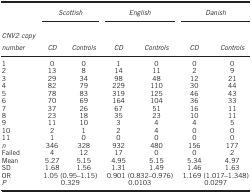
|  | <COLSPAN=2> Scottish | <COLSPAN=2> English | <COLSPAN=2> Danish |
 | CNV2 copy number | CD | Controls | CD | Controls | CD | Controls |
 | --- | --- | --- | --- | --- | --- | --- |
 | 1 | 0 | 0 | 1 | 0 | 0 | 0 |
 | 2 | 13 | 8 | 14 | 11 | 2 | 9 |
 | 3 | 29 | 34 | 98 | 48 | 12 | 21 |
 | 4 | 82 | 79 | 229 | 110 | 30 | 44 |
 | 5 | 78 | 83 | 319 | 125 | 46 | 43 |
 | 6 | 70 | 69 | 164 | 104 | 36 | 33 |
 | 7 | 37 | 26 | 67 | 51 | 16 | 11 |
 | 8 | 23 | 18 | 35 | 23 | 10 | 11 |
 | 9 | 11 | 10 | 3 | 4 | 4 | 5 |
 | 10 | 2 | 1 | 2 | 4 | 0 | 0 |
 | 11 | 1 | 0 | 0 | 0 | 0 | 0 |
 | n | 346 | 328 | 932 | 480 | 156 | 177 |
 | Failed | 4 | 12 | 17 | 0 | 0 | 2 |
 | Mean | 5.27 | 5.15 | 4.95 | 5.15 | 5.34 | 4.97 |
 | SD | 1.68 | 1.56 | 1.31 | 1.49 | 1.46 | 1.63 |
 | OR | <COLSPAN=2> 1.05 (0.95–1.15) | <COLSPAN=2> 0.901 (0.832–0.976) | <COLSPAN=2> 1.169 (1.017–1.348) |
 | P | <COLSPAN=2> 0.329 | <COLSPAN=2> 0.0103 | <COLSPAN=2> 0.0297 |